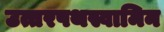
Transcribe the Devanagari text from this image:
उत्तरपथस्वामिन